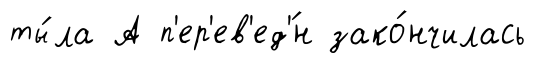
ты́ла А п'ер'ев'ед'́н зако́нчилась